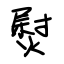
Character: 熨